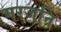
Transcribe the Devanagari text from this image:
गरजनि